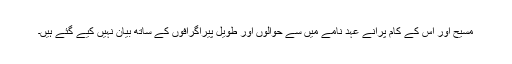
مسیح اور اُس کے کام پرانے عہد نامے میں سے حوالوں اور طویل پیراگرافوں کے ساتھ بیان نہیں کیے گئے ہیں۔